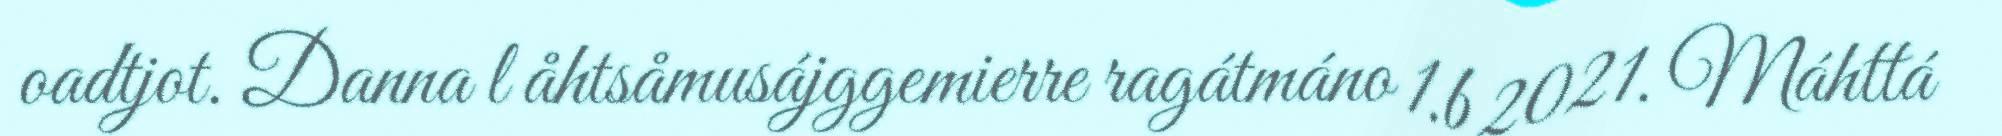
oadtjot. Danna l åhtsåmusájggemierre ragátmáno 1.b 2021. Máhttá